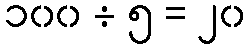
၁၀၀ ÷ ၅ = ၂၀